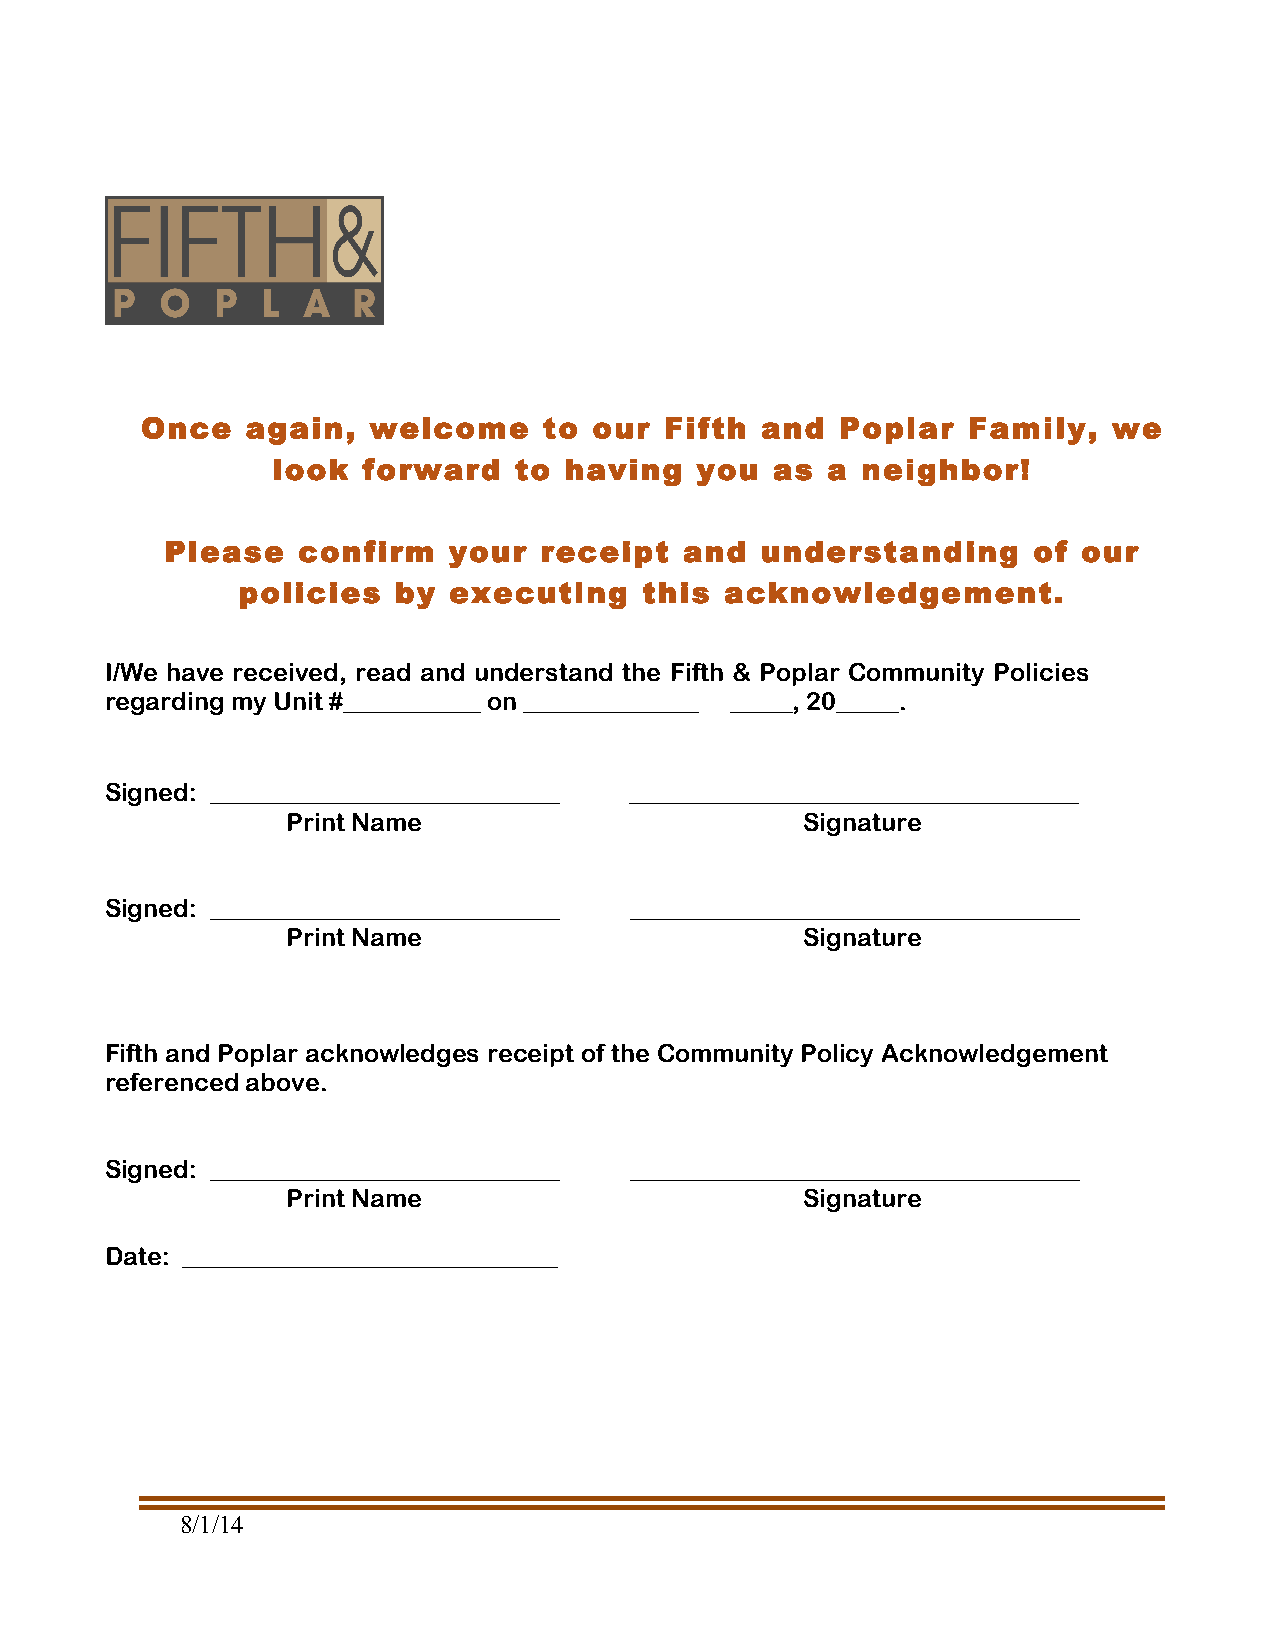
Once   again,  welcome     to our  Fifth and   Poplar  Family,   we
 look  forward   to having   you  as  a neighbor!
 Please   confirm   your  receipt  and  understanding     of  our
 policies  by  executing    this acknowledgement.
 I/We have received, read and understand the Fifth & Poplar Community Policies
 regarding my Unit #___________ on ______________ _____, 20_____.
 Signed: ____________________________ ____________________________________
 Print Name                        Signature
 Signed: ____________________________ ____________________________________
 Print Name                        Signature
 Fifth and Poplar acknowledges receipt of the Community Policy Acknowledgement
 referenced above.
 Signed: ____________________________ ____________________________________
 Print Name                        Signature
 Date: ______________________________
 8/1/14